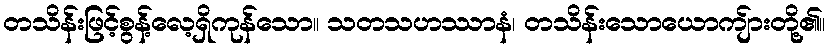
တသိန်းဖြင့်စွန့်လေ့ရှိကုန်သော။ သတသဟဿာနံ၊ တသိန်းသောယောကျ်ားတို့၏။